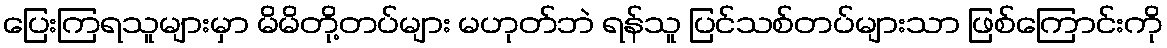
ပြေးကြရသူများမှာ မိမိတို့တပ်များ မဟုတ်ဘဲ ရန်သူ ပြင်သစ်တပ်များသာ ဖြစ်ကြောင်းကို